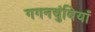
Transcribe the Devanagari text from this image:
गगनचुंबियाँ